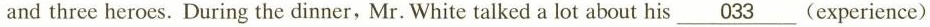
and three heroes. During the dinner,Mr. White talked a lot about his \underline{033} (experience)